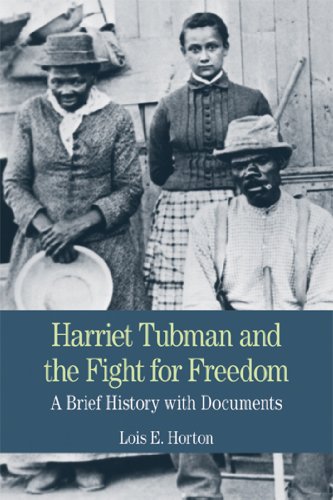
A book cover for Harriet Tubman and the Fight for Freedom: A Brief History with Documents (The Bedford Series in History and Culture); Lois E. Horton; History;